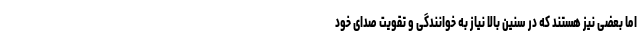
اما بعضی نیز هستند که در سنین بالا نیاز به خوانندگی و تقویت صدای خود